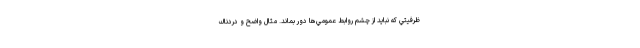
ظرفيتي كه نبايد از چشم روابط ‌عمومي‌ها دور بماند. مثال واضح و دردناك